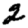
Digit: 2